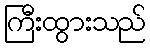
ကြီးထွားသည်